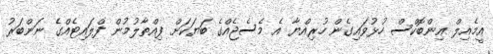
އީމެއިލް އިންބޮކްސް ހުޅުވައިގެން ހުރިއްޔާ އެ މެސެޖެއްގެ ބަޔަކަށް ފިއްތާލުމުން ފްލައިޓެއްގެ ނަންބަރު